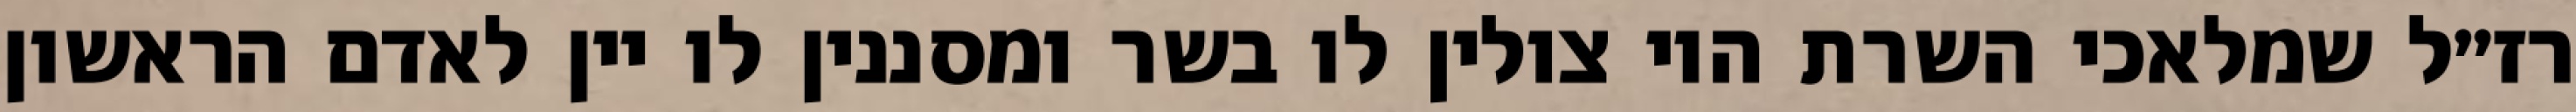
רז״ל שמלאכי השרת היו צולין לו בשר ומסננין לו יין לאדם הראשון